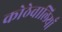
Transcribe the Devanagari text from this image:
कोठेवालियाँ